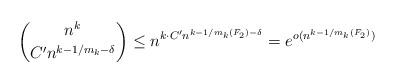
LaTeX: \begin{align*} \binom{n^k}{C'n^{k - 1/m_k - \delta}} \le n^{k \cdot C' n^{k - 1/m_k(F_2) - \delta}} = e^{o(n^{k - 1/m_k(F_2)})}\end{align*}